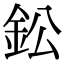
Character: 鈆